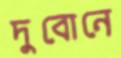
দুবোনে